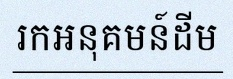
រកអនុគមន៍ដើម